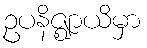
ဥပနိဇ္ဈာယိမှာ